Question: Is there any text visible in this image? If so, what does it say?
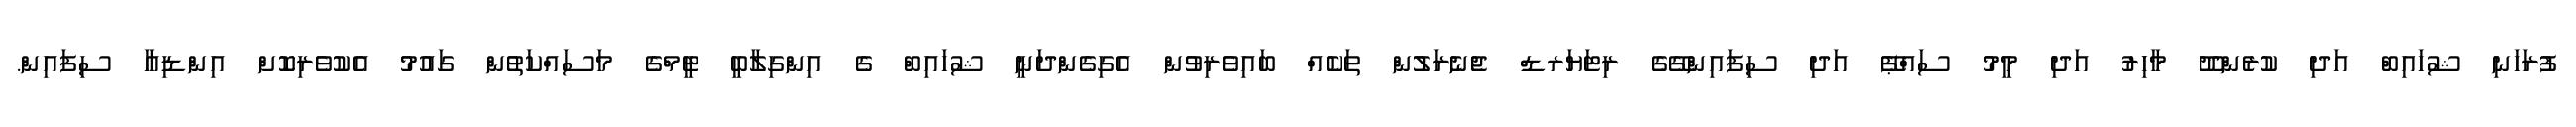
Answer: ފުރަހަނި ޝުހައިބް އަދި ކުރެންދޫ މާހިރު އަދި މީމު ސައްޕޭ އަދި ސިފައިންގޭގެ ރިޓަޔަރޑް ޖެނެރަލުން ތަކެއް ބައިވެރިވުން އެގިގެންދަނީ ޝުހައިބް ގެ އިންގިލާބީ ޓީމްގެ މަސައްކަތުން ގައުމު އެކުވެރިކޮށް އިންޑިއާ ސިފައިން.